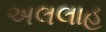
અલલાહ